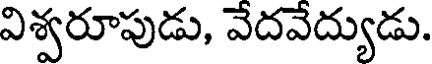
విశ్వరూపుడు, వేదవేద్యుడు.